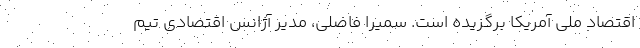
اقتصاد ملی آمریکا برگزیده است. سمیرا فاضلی، مدیر آژانس اقتصادی تیم